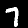
Label: 7